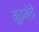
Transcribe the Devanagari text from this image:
मुठभ़ेडें